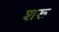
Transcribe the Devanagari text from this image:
शरु